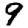
Digit: 9